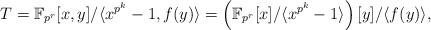
LaTeX: \begin{align*}T=\mathbb F_{p^r}[x,y]/\langle{x^{p^k}-1,f(y)}\rangle=\left(\mathbb F_{p^r}[x]/\langle{x^{p^k}}-1\rangle\right)[y]/\langle f(y)\rangle,\end{align*}